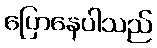
ပြောနေပါသည်